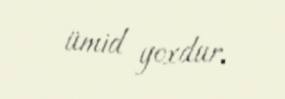
ümid yoxdur.